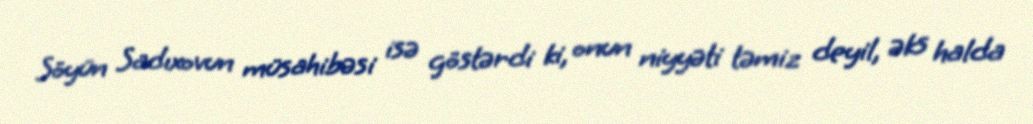
Söyün Sadıxovun müsahibəsi isə göstərdi ki, onun niyyəti təmiz deyil, əks halda